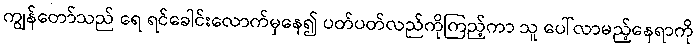
ကျွန်တော်သည် ရေ ရင်ခေါင်းလောက်မှနေ၍ ပတ်ပတ်လည်ကိုကြည့်ကာ သူ ပေါ်လာမည့်နေရာကို